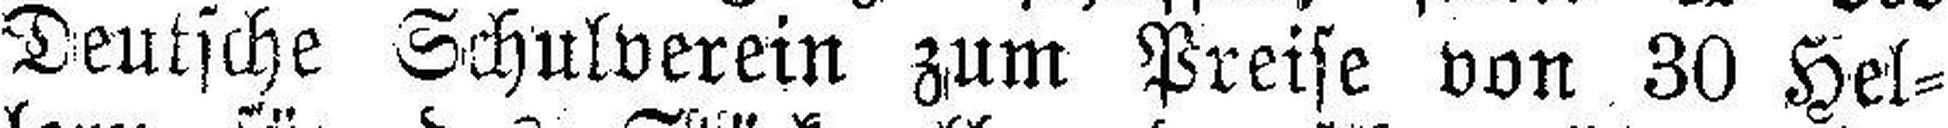
Deutsche Schulverein zum Preise von 30 Hel¬